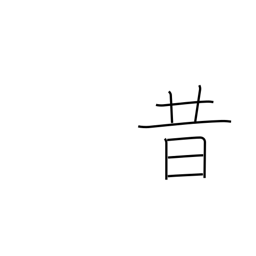
Meaning: old times